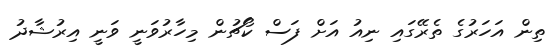
ތިން އަހަރުގެ ތެރޭގައި ނިއު އަށް ފަސް ކޯޗުން މިހާރުވަނީ ވަނީ އިރުޝާދު